Report on the working of the Ranchi Indian Mental Hospital, Kanke, in Bihar and Orissa - 1930-1940
Year: 1930
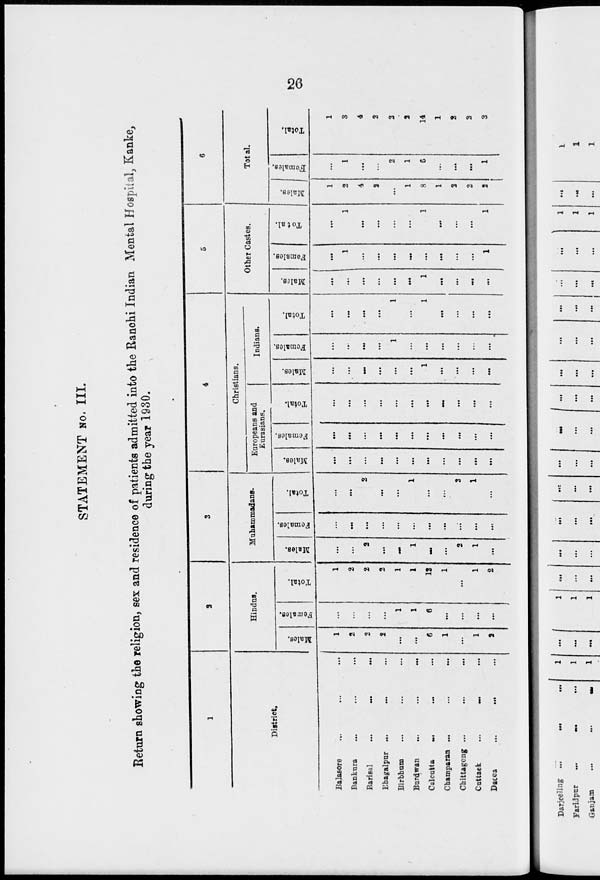
26
STATEMENT No. III.
Return showing the religion, sex and residence of patients admitted into the Ranchi Indian Mental Hospital, Kanke,
during the year 1930.
1
District.
Balasore ... ... ...
Bankura ... ... ...
Barisal ... ...
...
Bhagalpur ... ... ...
Birbhum ... ... ...
Burdwan
...
...
...
Calcutta ... ... ...
Champaran ... ... ...
Chittagong ... ... ...
Cuttack
... ... ...
Dacca ... ...
...
2
Hindus.
Males.
1
2
2
2
...
...
6
1
...
1
2
Females.
...
...
...
...
1
1
6
...
...
...
...
Total.
1
2
2
2
1
1
12
1
...
1
2
3
Muhammadans.
Males.
...
...
2
...
...
1
...
...
2
1
...
Females.
...
...
...
...
...
...
...
...
...
...
...
Total.
...
...
2
...
...
1
...
...
2
1
...
4
Christians.
Europeans and
Eurasians.
Males.
...
...
...
...
...
...
...
...
...
...
...
Females.
...
...
...
...
...
...
...
...
...
...
...
Total.
...
...
...
...
...
...
...
...
...
...
...
Indians.
Males.
...
...
...
...
...
...
1
...
...
...
...
Females.
...
...
...
...
1
...
...
...
...
...
...
Total.
...
...
...
...
1
...
1
...
...
...
...
5
Other Castes.
Males.
...
...
...
...
...
...
1
...
...
...
...
Females.
...
1
...
...
...
...
...
...
...
...
1
Total.
...
1
...
...
...
...
1
...
...
...
1
6
Total.
Males.
1
2
4
2
...
1
8
1
2
2
2
Females.
...
1
...
...
2
1
6
...
...
...
1
Total.
1
3
4
2
2
2
14
1
2
2
3